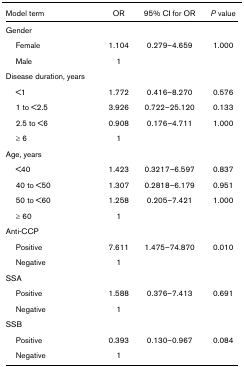
<table><thead><tr><td><b>Model term</b></td><td><b>OR</b></td><td><b>95% CI for OR</b></td><td><b><i>P </i>value</b></td></tr></thead><tbody><tr><td>Gender</td><td></td><td></td><td></td></tr><tr><td> Female</td><td>1.104</td><td>0.279–4.659</td><td>1.000</td></tr><tr><td> Male</td><td>1</td><td></td><td></td></tr><tr><td>Disease duration, years</td><td></td><td></td><td></td></tr><tr><td> &lt;1</td><td>1.772</td><td>0.416–8.270</td><td>0.576</td></tr><tr><td> 1 to &lt;2.5</td><td>3.926</td><td>0.722–25.120</td><td>0.133</td></tr><tr><td> 2.5 to &lt;6</td><td>0.908</td><td>0.176–4.711</td><td>1.000</td></tr><tr><td> ≥ 6</td><td>1</td><td></td><td></td></tr><tr><td>Age, years</td><td></td><td></td><td></td></tr><tr><td> &lt;40</td><td>1.423</td><td>0.3217–6.597</td><td>0.837</td></tr><tr><td> 40 to &lt;50</td><td>1.307</td><td>0.2818–6.179</td><td>0.951</td></tr><tr><td> 50 to &lt;60</td><td>1.258</td><td>0.205–7.421</td><td>1.000</td></tr><tr><td> ≥ 60</td><td>1</td><td></td><td></td></tr><tr><td>Anti-CCP</td><td></td><td></td><td></td></tr><tr><td> Positive</td><td>7.611</td><td>1.475–74.870</td><td>0.010</td></tr><tr><td> Negative</td><td>1</td><td></td><td></td></tr><tr><td>SSA</td><td></td><td></td><td></td></tr><tr><td> Positive</td><td>1.588</td><td>0.376–7.413</td><td>0.691</td></tr><tr><td> Negative</td><td>1</td><td></td><td></td></tr><tr><td>SSB</td><td></td><td></td><td></td></tr><tr><td> Positive</td><td>0.393</td><td>0.130–0.967</td><td>0.084</td></tr><tr><td> Negative</td><td>1</td><td></td><td></td></tr></tbody></table>